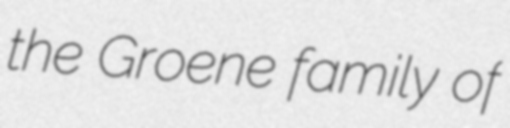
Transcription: the Groene family of